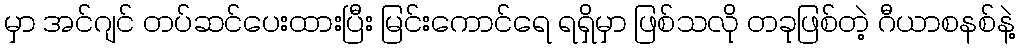
မှာ အင်ဂျင် တပ်ဆင်ပေးထားပြီး မြင်းကောင်ရေ ရရှိမှာ ဖြစ်သလို တခုဖြစ်တဲ့ ဂီယာစနစ်နဲ့